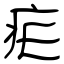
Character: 疟